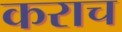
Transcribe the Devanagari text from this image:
कराच